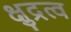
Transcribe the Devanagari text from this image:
क्षुद्रत्व